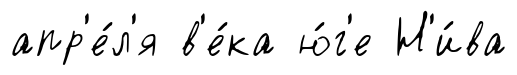
апр'е́л'я в'е́ка ю́г'е Н'и́ва